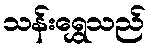
သန်းရွှေသည်